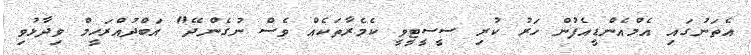
އެތަނުގައި އެމްއެންޑީއެފުން ހަރު ކުރި ސީސީޓީވީ ކެމެރާތަކެއް ވެސް ނުގެންދޭ" އަބްދުއްރަހީމް ވިދާޅުވި